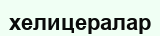
хелицералар